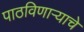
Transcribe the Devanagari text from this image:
पाठविणाऱ्याचे